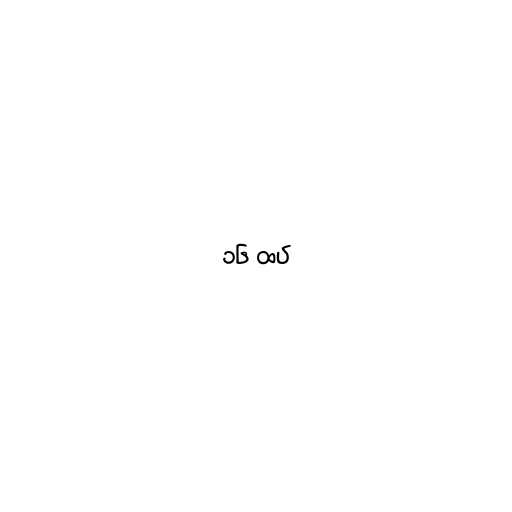
၁၆ ထပ်